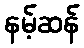
နမ့်ဆန်